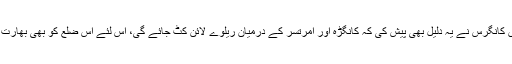
اس کے بارے میں کانگرس نے یہ دلیل بھی پیش کی کہ کانگڑہ اور امرتسر کے درمیان ریلوے لائن کٹ جائے گی، اس لئے اس ضلع کو بھی بھارت کے حوالہ کر دو۔